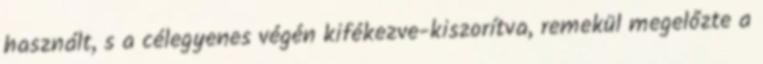
használt, s a célegyenes végén kifékezve-kiszorítva, remekül megelőzte a